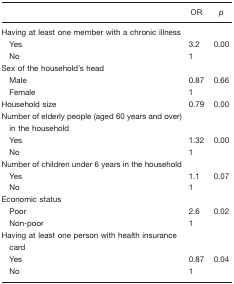
|  | OR | p |
 | --- | --- | --- |
 | Having at least one member with a chronic illness |  |  |
 | Yes | 3.2 | 0.00 |
 | No | 1 |  |
 | Sex of the household's head |  |  |
 | Male | 0.87 | 0.66 |
 | Female | 1 |  |
 | Household size | 0.79 | 0.00 |
 | Number of elderly people (aged 60 years and over) in the household |  |  |
 | Yes | 1.32 | 0.00 |
 | No | 1 |  |
 | Number of children under 6 years in the household |  |  |
 | Yes | 1.1 | 0.07 |
 | No | 1 |  |
 | Economic status |  |  |
 | Poor | 2.6 | 0.02 |
 | Non-poor | 1 |  |
 | Having at least one person with health insurance card |  |  |
 | Yes | 0.87 | 0.04 |
 | No | 1 |  |